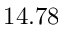
1 4 . 7 8